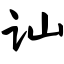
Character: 讪